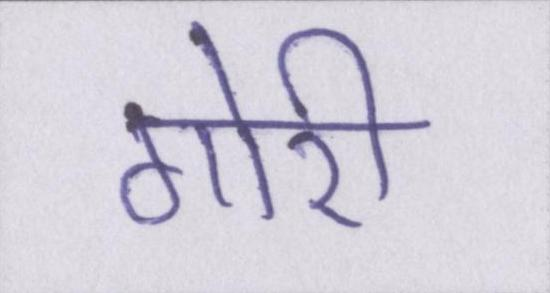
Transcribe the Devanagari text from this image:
गोरी